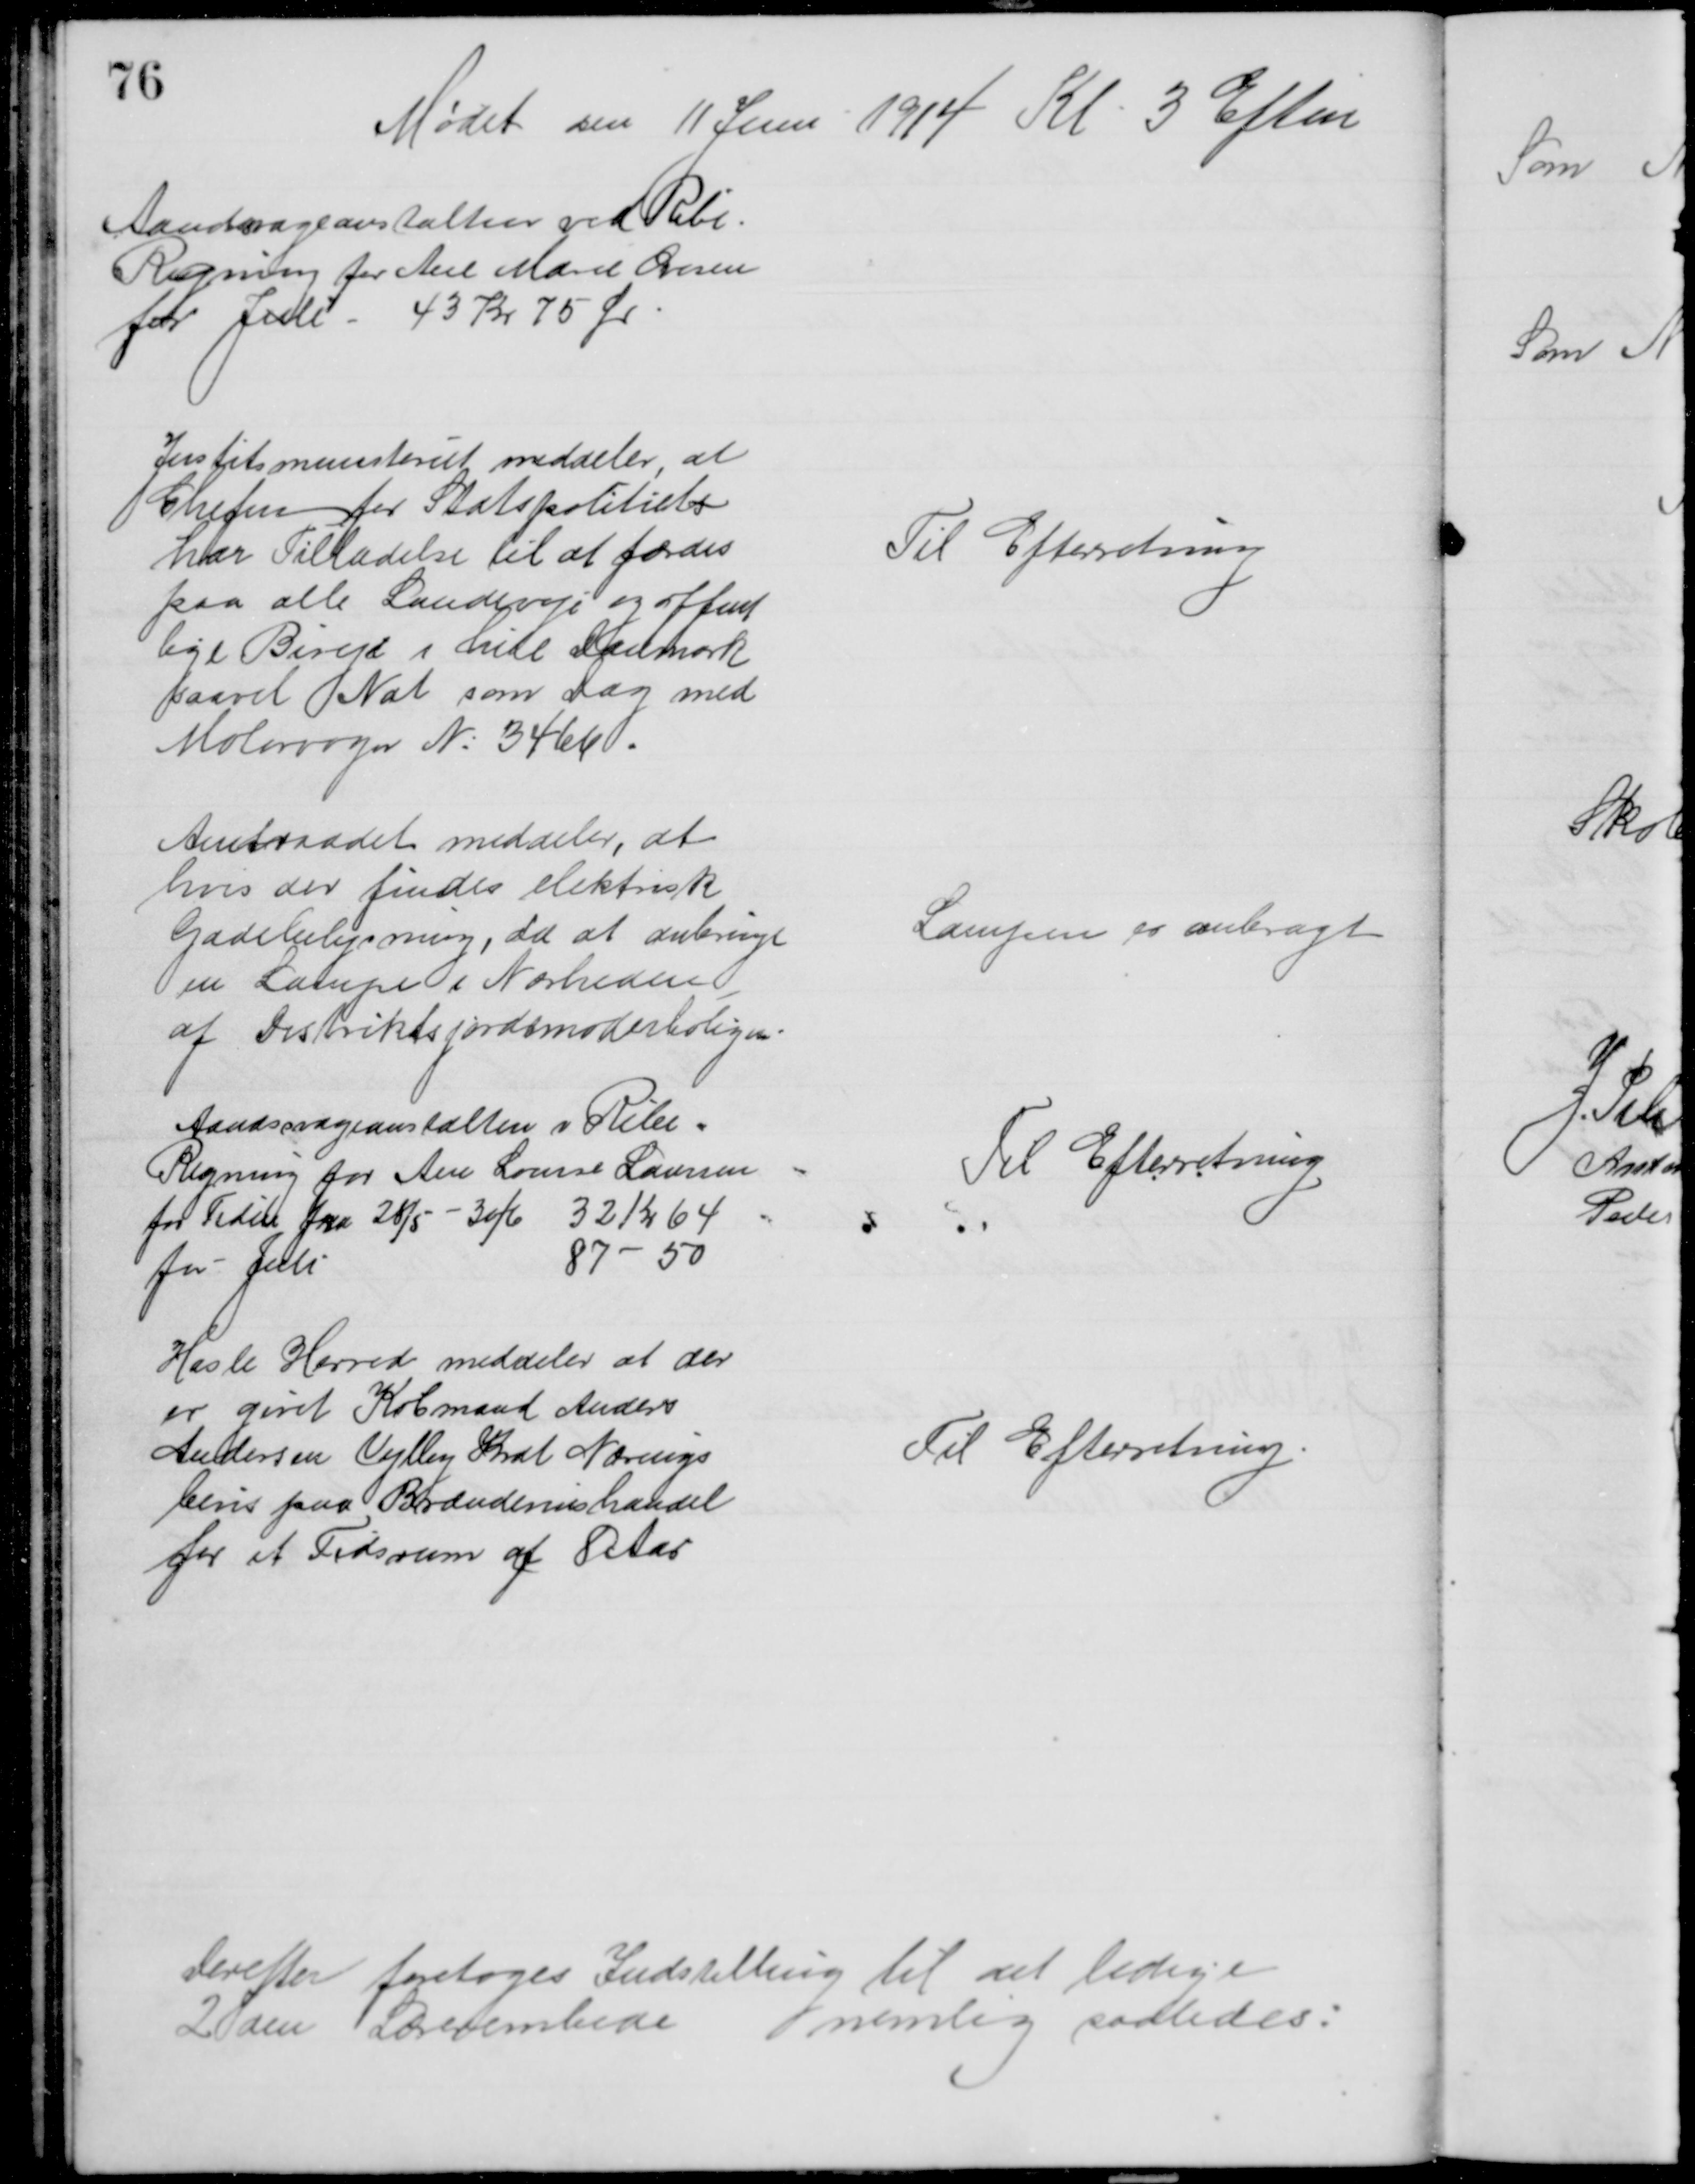
Transskription:
Mødet den 11 Juni 1914 Kl. 3 Eftm
Aandsvageanstalten ved Ribe.
Regning for Ane Marie Ovesen
for Juli - 43 kr 75 Ør
Justitsministeriet meddeler, at
Chefen for Statspolitiets
har Tilladelse til at færdes
paa alle Landeveje og offent
lige Biveje i hele Danmark
saavel Nat som Dag med
Motorvogn № 3466.
Til Efterretning
Amtsraadet meddeler, at 
hvis der findes elektrisk
Gadebelysning, da at anbringe
en Lampe i Nærheden
af Distriktsjordemoderboligen.
Lampen er anbragt
Aandssvageanstalten i Ribe
Regning for Ane Louise Laursen
for Tiden fra 28/5 - 30/6 32 Kr 64
for Juli
87-50
Til Efterretning
Hasle Herred meddeler at der
er givet Købmand Anders
Andersen Vejlby Krat Nærings
bevis paa Brændevinshandel
for et Tidsrum af 8 Aar
Til Efterretning
Derefter foretoges Indstilling til det ledige
2den Lærerembede
nemlig saaledes: